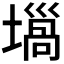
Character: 𡐫